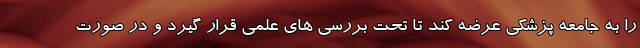
را به جامعه پزشکی عرضه کند تا تحت بررسی های علمی قرار گیرد و در صورت